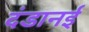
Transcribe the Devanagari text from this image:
दंडानई